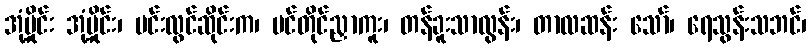
အုံ့မှိုင်း အုံ့မှိုင်း၊ မင်းလွင်ဆိုင်းက၊ ပင်တိုင်ညှာကူး၊ တန်ခူးသာလွန်း၊ တာလဆန်း သော်၊ ရေသွန်းသဘင်၊